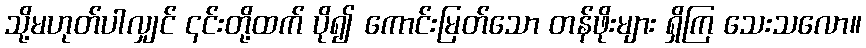
သို့မဟုတ်ပါလျှင် ၎င်းတို့ထက် ပို၍ ကောင်းမြတ်သော တန်ဖိုးများ ရှိကြ သေးသလော။